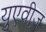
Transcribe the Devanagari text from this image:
युएवीज़